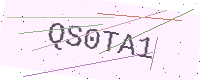
Text: QS0TA1